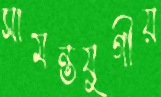
সামন্তযুগীয়